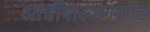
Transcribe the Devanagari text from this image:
आर्चीबाल्डगार्रोड़